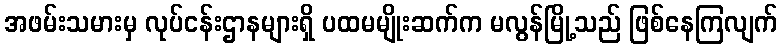
အဖမ်းသမားမှ လုပ်ငန်းဌာနများရှိ ပထမမျိုးဆက်က မလွန်မြို့သည် ဖြစ်နေကြလျက်